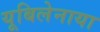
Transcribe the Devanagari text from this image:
यूबिलेनाया